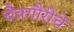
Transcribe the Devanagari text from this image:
चैत्रगौरीचे